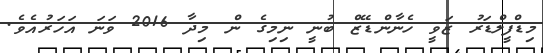
މިޑްފީލްޑަރު ޒަވީ ހެނާންޑޭޒް ބުނީ ނިމިގެ ން މިދާ 2016 ވަނަ އަހަރުއެވެ.